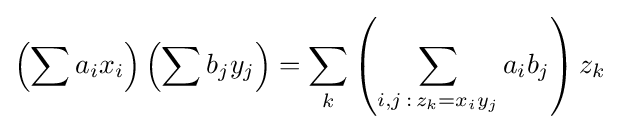
\left(\sum a_{i}x_{i}\right)\left(\sum b_{j}y_{j}\right)=\sum _{k}\left(\sum _{i,j\,:\,z_{k}=x_{i}y_{j}}a_{i}b_{j}\right)z_{k}